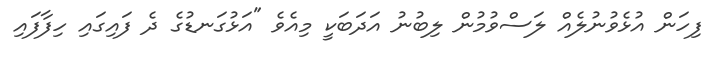
ފިހަން އުޅެވުނުލެއް ލަސްވުމުން ލިބުނު އަދަބަކީ މިއެވެ "އަޅުގަނޑުގެ ދެ ފައިގައި ހިފާފައި